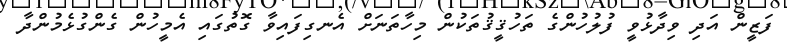
ފަޒީން އަދި ވިދާޅުވީ ފުލުހުންގެ ތަހުޤީޤުތަކުން މިހާތަނަށް އެނގިފައިވާ ގޮތުގައި އެމީހުން ގެންގުޅެމުންދާ